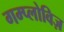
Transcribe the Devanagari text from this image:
गम्प्लोविज़